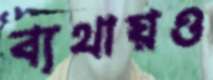
ব্যথায়ও